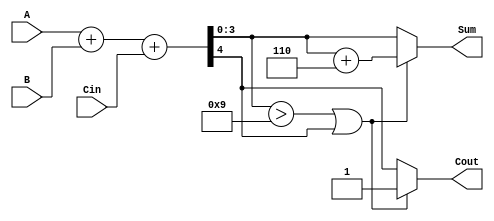
module BCD_Adder (
    input  wire [3:0] A,      // First BCD digit
    input  wire [3:0] B,      // Second BCD digit
    input  wire Cin,           // Carry input
    output reg  [3:0] Sum,     // BCD result
    output reg  Cout           // Carry output
);

    wire [4:0] S;             // 5-bit sum to accommodate carry
    wire correction_needed;    // Flag for correction
    wire [3:0] corrected_sum;  // Corrected BCD sum

    // Step 1: Binary addition
    assign S = A + B + Cin;

    // Step 2: Check if correction is needed
    assign correction_needed = (S[3:0] > 4'b1001) || S[4];

    // Step 3: BCD correction
    always @(*) begin
        if (correction_needed) begin
            // Add 6 (0110) to correct the sum
            corrected_sum = S[3:0] + 4'b0110;
            Cout = 1; // Set carry out
        end else begin
            corrected_sum = S[3:0];
            Cout = S[4]; // Carry out from the binary addition
        end
        Sum = corrected_sum; // Assign the corrected sum to output
    end

endmodule